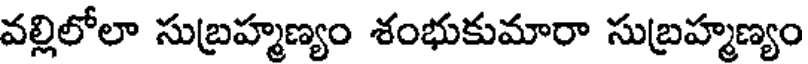
వల్లిలోలా సుబ్రహ్మణ్యం శంభుకుమారా సుబ్రహ్మణ్యం